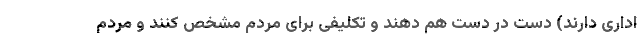
اداری دارند) دست در دست هم دهند و تکلیفی برای مردم مشخص کنند و مردم